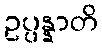
ဥပ္ပန္နာတိ